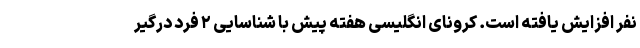
نفر افزایش یافته است. کرونای انگلیسی هفته پیش با شناسایی ۲ فرد درگیر